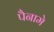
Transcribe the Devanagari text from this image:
पैनामे